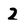
Character: 2